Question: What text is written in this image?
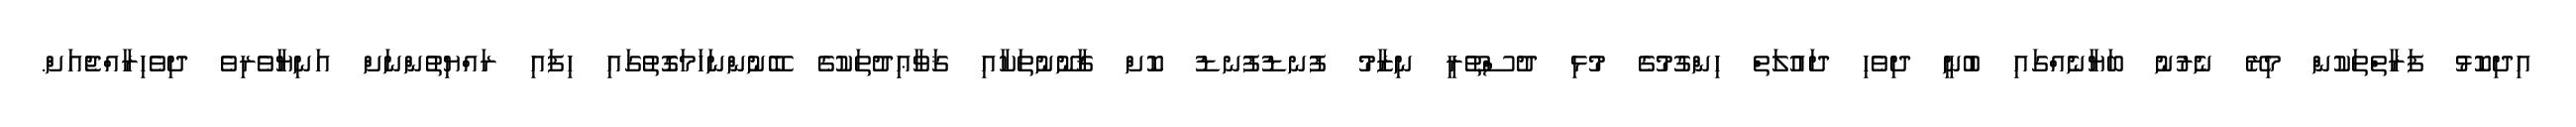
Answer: އިދިކޮޅު ފަރާތްތަކުން މިރޭ ނެރުނު ބަޔާނެއްގައި ބުނީ ދިވެހި ދައުލަތް ހިންގުމުގެ މުޅި ދުސްތޫރީ ނިޒާމު ފުނޑުފުނޑު ކޮށް ޤާނޫނުތަކާއި ޤަވާޢިދުތަކުގެ ބޭނުންނަހަމަގޮތުގައި ހިފައި ރައްޔިތުންނަށް އަނިޔާވެރިވެ ދިވެހިރާއްޖެއަށް.